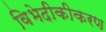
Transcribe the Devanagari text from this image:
विभेदीकीकरण